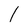
Character: l